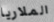
الملاريا